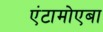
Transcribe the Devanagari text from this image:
एंटामोएबा